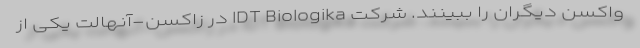
واکسن دیگران را ببینند. شرکت IDT Biologika در زاکسن-آنهالت یکی از